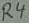
Text: R4